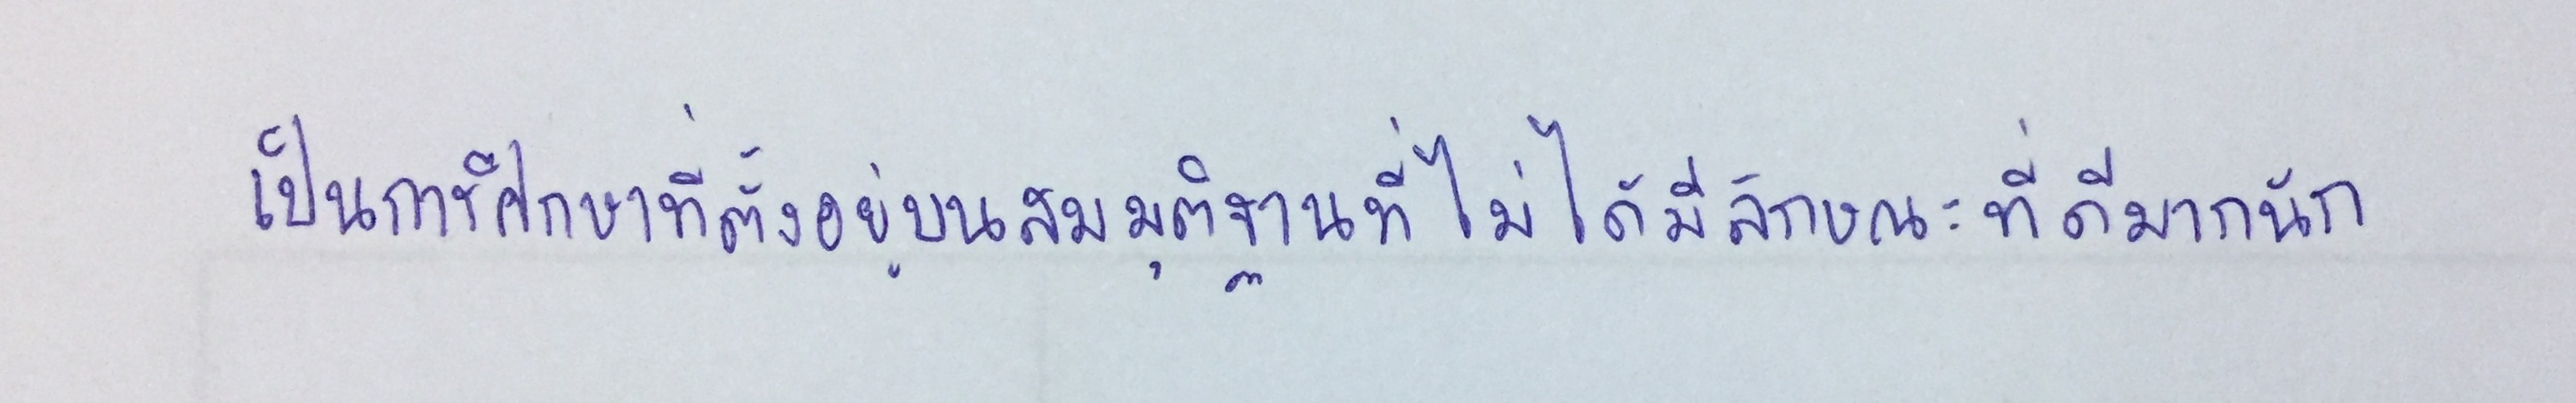
เป็นการศึกษาที่ตั้งอยู่บนสมมุติฐานที่ไม่ได้มีลักษณะที่ดีมากนัก